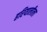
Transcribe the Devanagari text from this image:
हरियालीला